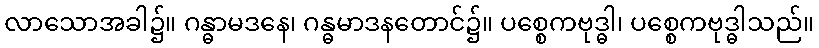
လာသောအခါ၌။ ဂန္ဓာမဒနေ၊ ဂန္ဓမာဒနတောင်၌။ ပစ္စေကဗုဒ္ဓါ၊ ပစ္စေကဗုဒ္ဓါသည်။